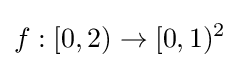
f:[0,2)\to [0,1)^{2}